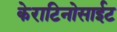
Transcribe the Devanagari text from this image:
केराटिनोसाईट